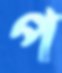
প